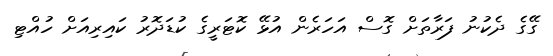
ގޭގެ ދެކުނު ފަރާތަށް ގޮސް އަހަރެން އުޅޭ ކޮޓަރީގެ ކުޑަދޮރު ކައިރިއަށް ހުއްޓި